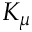
K _ { \mu }